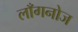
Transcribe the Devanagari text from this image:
लाँगनोज